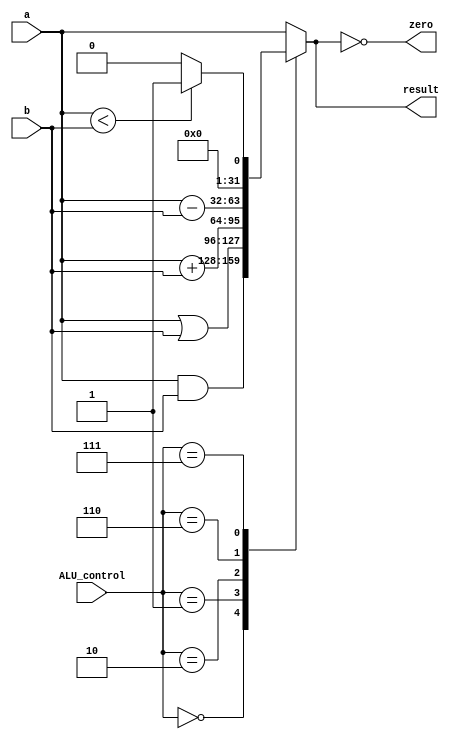
`ifndef MODULE_ALU
`define MODULE_ALU
`timescale 1ns / 1ps

module ALU(
    input       [3:0]   ALU_control,
    input       [31:0]  a, b,
    output       zero,
    output reg  [31:0]  result
    );
    
    assign zero = (result == 0);
    
    initial begin
        result = 32'b0;  //to initialize the result
    end
    
    always @ (a or b or ALU_control) begin
        case (ALU_control)
            4'b0000:
                result = a & b;  // and
            4'b0001:
                result = a | b;  // or
            4'b0010:
                result = a + b;  // add
            4'b0110:
                result = a - b;  // sub
            4'b0111:
                result = (a < b) ? 1:0;  // slt
            default:
                result = a;  
        endcase    
    end
endmodule
`endif